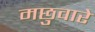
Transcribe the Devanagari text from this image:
मछुवारे